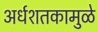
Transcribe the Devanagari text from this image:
अर्धशतकामुळे